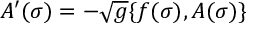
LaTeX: A ^ { \prime } ( \sigma ) = - \sqrt { g } \{ f ( \sigma ) , A ( \sigma ) \}